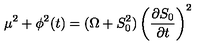
\mu ^ { 2 } + \phi ^ { 2 } ( t ) = ( \Omega + S _ { 0 } ^ { 2 } ) \left( { \frac { \partial S _ { 0 } } { \partial t } } \right) ^ { 2 }